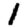
Digit: 1